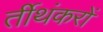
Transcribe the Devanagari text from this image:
र्तीथंकरों